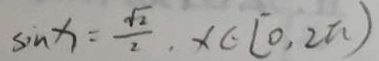
\sin x = \frac { \sqrt { 2 } } { 2 } , x \in [ 0 , 2 \pi )